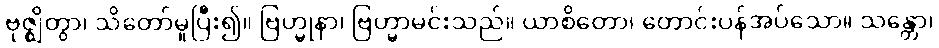
ဗုဇ္ဈိတွာ၊ သိတော်မူပြီး၍။ ဗြဟ္မုနာ၊ ဗြဟ္မာမင်းသည်။ ယာစိတော၊ တောင်းပန်အပ်သော။ သန္တော၊